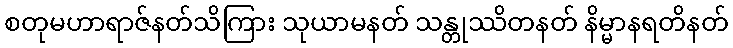
စတုမဟာရာဇ်နတ်သိကြား သုယာမနတ် သန္တုဿိတနတ် နိမ္မာနရတိနတ်